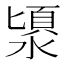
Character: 𣻯